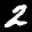
Label: 2